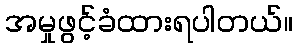
အမှုဖွင့်ခံထားရပါတယ်။